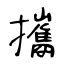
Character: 攜